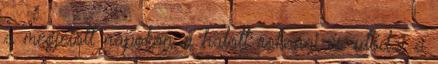
a megjelölt napokon a halott rokonai és utódai a